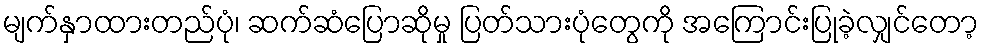
မျက်နှာထားတည်ပုံ၊ ဆက်ဆံပြောဆိုမှု ပြတ်သားပုံတွေကို အကြောင်းပြုခဲ့လျှင်တော့